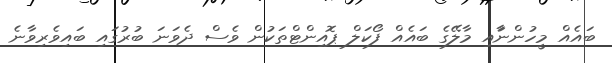
ބައެއް މީހުންނާައި މާލޭގެ ބައެއް ފޯކަލް ޕޮއިންޓްތަކުން ވެސް ދެވަނަ ބުރުގައި ބައިވެރިވާނެ